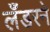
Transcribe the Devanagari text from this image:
लँडरने